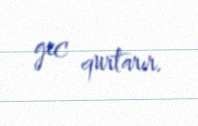
gec qurtarır.